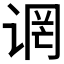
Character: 𫍬